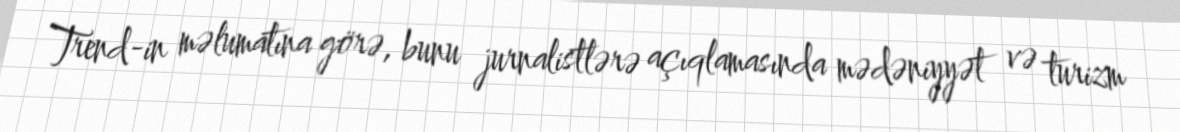
Trend-in məlumatına görə, bunu jurnalistlərə açıqlamasında mədəniyyət və turizm